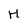
Character: H